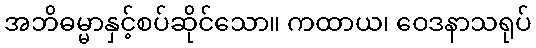
အဘိဓမ္မာနှင့်စပ်ဆိုင်သော။ ကထာယ၊ ဝေဒနာသရုပ်